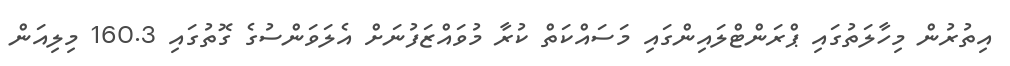
އިތުރުން މިހާލަތުގައި ޕްރަންޓްލައިންގައި މަސައްކަތް ކުރާ މުވައްޒަފުނަށް އެލަވަންސުގެ ގޮތުގައި 160.3 މިލިއަން